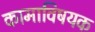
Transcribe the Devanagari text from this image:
कामाविषयक